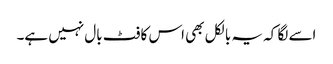
اسے لگا کہ یہ بالکل بھی اس کا فٹ بال نہیں ہے۔